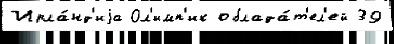
Ирла́нд'иjа Ол'имп'ик облада́т'ел'ей 39